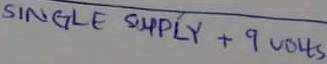
Text: SINGLE SUPPLY +9VOLTS